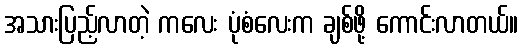
အသားပြည့်လာတဲ့ ကလေး ပုံစံလေးက ချစ်ဖို့ ကောင်းလာတယ်။